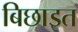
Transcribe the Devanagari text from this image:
बिछाइत